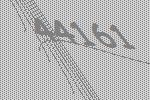
44161